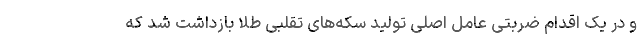
و در یک اقدام ضربتی عامل اصلی تولید سکه‌های تقلبی طلا بازداشت شد که